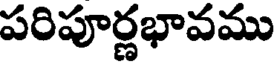
పరిపూర్ణభావము